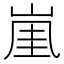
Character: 𡸔